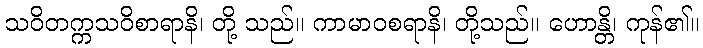
သဝိတက္ကသဝိစာရာနိ၊ တို့ သည်။ ကာမာဝစရာနိ၊ တို့သည်။ ဟောန္တိ၊ ကုန်၏။